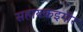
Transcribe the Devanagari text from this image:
सहायकइगोर